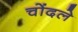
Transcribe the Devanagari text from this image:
चोंदले